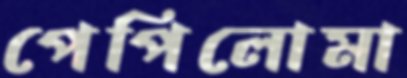
পেপিলোমা